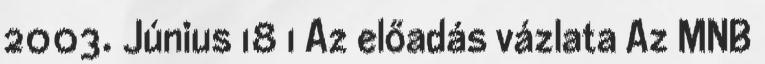
2003. Június 18 1 Az előadás vázlata Az MNB